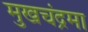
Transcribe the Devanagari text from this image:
मुखचंद्रमा